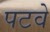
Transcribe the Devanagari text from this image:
पटवे